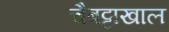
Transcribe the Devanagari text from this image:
चैबट्टाखाल